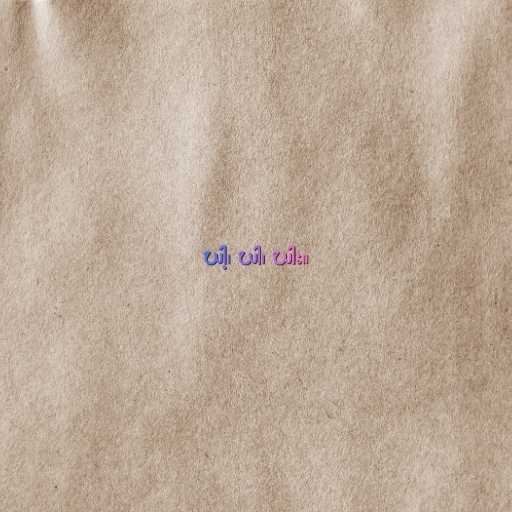
ဃါ့၊ ဃါ၊ ဃါး။